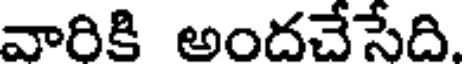
వారికి అందచేసేది.